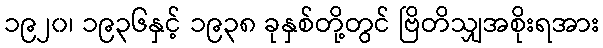
၁၉၂၀၊ ၁၉၃၆နှင့် ၁၉၃၈ ခုနှစ်တို့တွင် ဗြိတိသျှအစိုးရအား